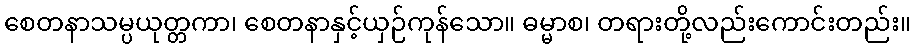
စေတနာသမ္ပယုတ္တကာ၊ စေတနာနှင့်ယှဉ်ကုန်သော။ ဓမ္မာစ၊ တရားတို့လည်းကောင်းတည်း။